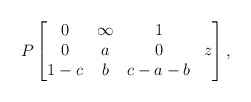
\begin{align*}P\begin{bmatrix} 0 & \infty & 1 &\\ 0 & a & 0 & z\\ 1-c & b & c-a-b & \end{bmatrix},\end{align*}